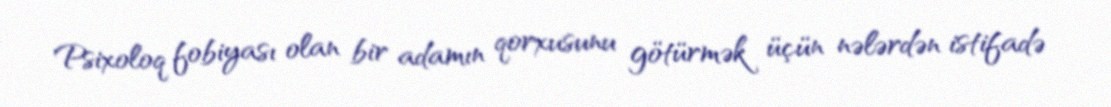
Psixoloq fobiyası olan bir adamın qorxusunu götürmək üçün nələrdən istifadə